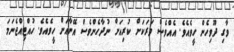
ވާގި ދޫވިހެން ހީވެއެވެ. އެއްވެސް ވަރަކަށް ކުރިއަށް ނުދާހެންވެސް އޭނާއަށް ހީވެއެވެ. ހުއްޓިއްޖެނަމަ